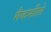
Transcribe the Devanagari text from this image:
मैकफीले